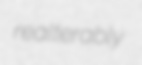
realterably